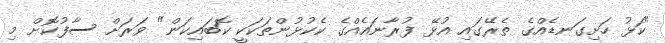
"ކަޅު ހަށިގަނޑެއްގެ ތެރޭގައި އުޅޭ ފުރާނައެއްގެ ކެކުޅުންތަކަކީ ކޮަބައިކަން" ވަރަށް ސާފުކޮށް މި